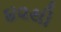
૪૨થી